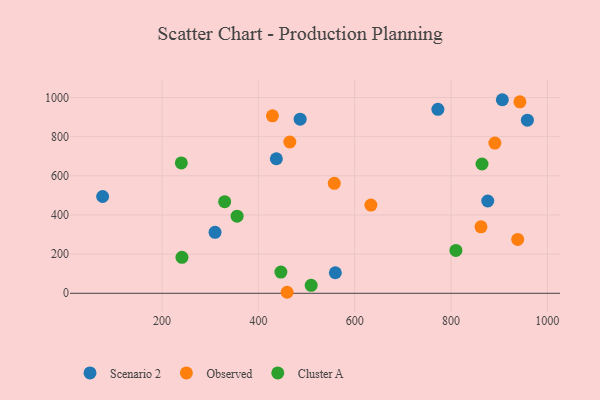
{"axis": {"x": "Distance", "y": "Demand"}, "legend": ["Cluster A", "Observed", "Scenario 2"], "data": [{"x": "876.2", "y": 471.2, "type": "Scenario 2"}, {"x": "559.8", "y": 105.0, "type": "Scenario 2"}, {"x": "437.3", "y": 687.2, "type": "Scenario 2"}, {"x": "906.5", "y": 988.5, "type": "Scenario 2"}, {"x": "76.6", "y": 494.2, "type": "Scenario 2"}, {"x": "486.7", "y": 889.1, "type": "Scenario 2"}, {"x": "958.5", "y": 883.9, "type": "Scenario 2"}, {"x": "310.0", "y": 311.1, "type": "Scenario 2"}, {"x": "772.7", "y": 939.5, "type": "Scenario 2"}, {"x": "459.7", "y": 5.2, "type": "Observed"}, {"x": "465.3", "y": 772.5, "type": "Observed"}, {"x": "633.6", "y": 450.7, "type": "Observed"}, {"x": "429.2", "y": 906.1, "type": "Observed"}, {"x": "557.6", "y": 561.6, "type": "Observed"}, {"x": "862.2", "y": 339.5, "type": "Observed"}, {"x": "891.0", "y": 767.3, "type": "Observed"}, {"x": "943.0", "y": 978.0, "type": "Observed"}, {"x": "938.4", "y": 274.9, "type": "Observed"}, {"x": "509.6", "y": 40.8, "type": "Cluster A"}, {"x": "355.8", "y": 393.7, "type": "Cluster A"}, {"x": "330.0", "y": 467.8, "type": "Cluster A"}, {"x": "446.7", "y": 108.5, "type": "Cluster A"}, {"x": "240.0", "y": 665.5, "type": "Cluster A"}, {"x": "810.1", "y": 219.0, "type": "Cluster A"}, {"x": "864.3", "y": 660.3, "type": "Cluster A"}, {"x": "241.3", "y": 183.5, "type": "Cluster A"}]}